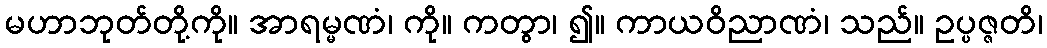
မဟာဘုတ်တို့ကို။ အာရမ္မဏံ၊ ကို။ ကတွာ၊ ၍။ ကာယဝိညာဏံ၊ သည်။ ဥပ္ပဇ္ဇတိ၊